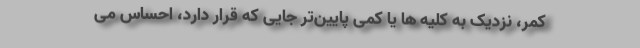
کمر، نزدیک به کلیه ها یا کمی پایین‌تر جایی که قرار دارد، احساس می